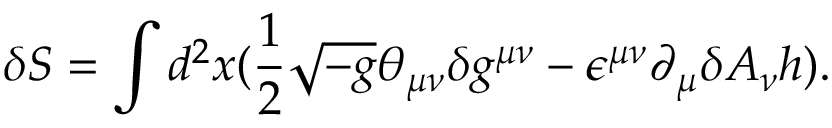
\delta S = \int d ^ { 2 } x ( \frac { 1 } { 2 } \sqrt { - g } \theta _ { \mu \nu } \delta g ^ { \mu \nu } - \epsilon ^ { \mu \nu } \partial _ { \mu } \delta A _ { \nu } h ) .